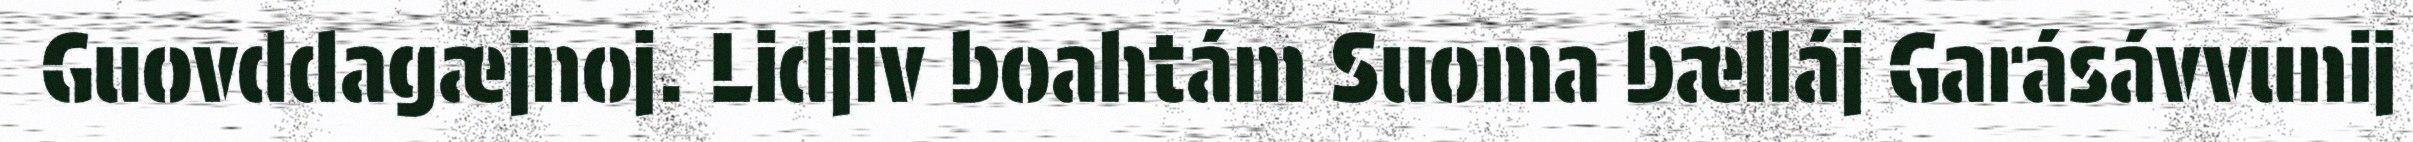
Guovddagæjnoj. Lidjiv boahtám Suoma bælláj Garásávvunij